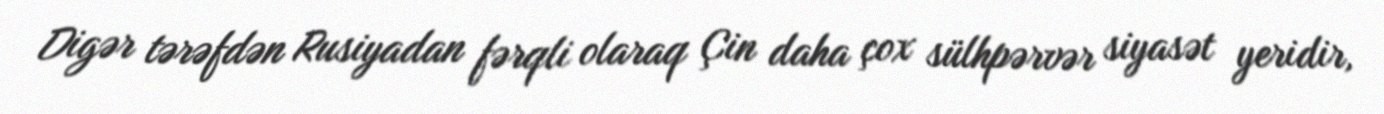
Digər tərəfdən Rusiyadan fərqli olaraq Çin daha çox sülhpərvər siyasət yeridir,